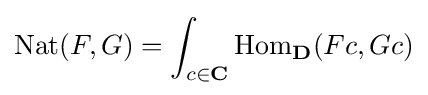
\mathrm {Nat} (F,G)=\int _{c\in \mathbf {C} }\mathrm {Hom} _{\mathbf {D} }(Fc,Gc)